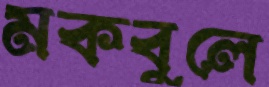
মকবুলে